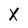
Character: X